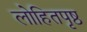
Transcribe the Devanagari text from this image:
लोहितपृष्ठ